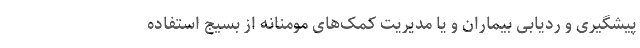
پیشگیری و ردیابی بیماران و یا مدیریت کمک‌های مومنانه از بسیج استفاده